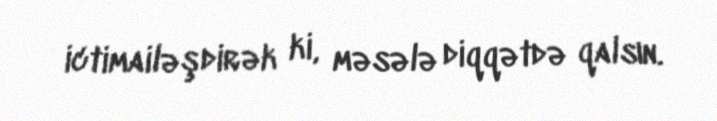
ictimailəşdirək ki, məsələ diqqətdə qalsın.